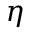
\eta